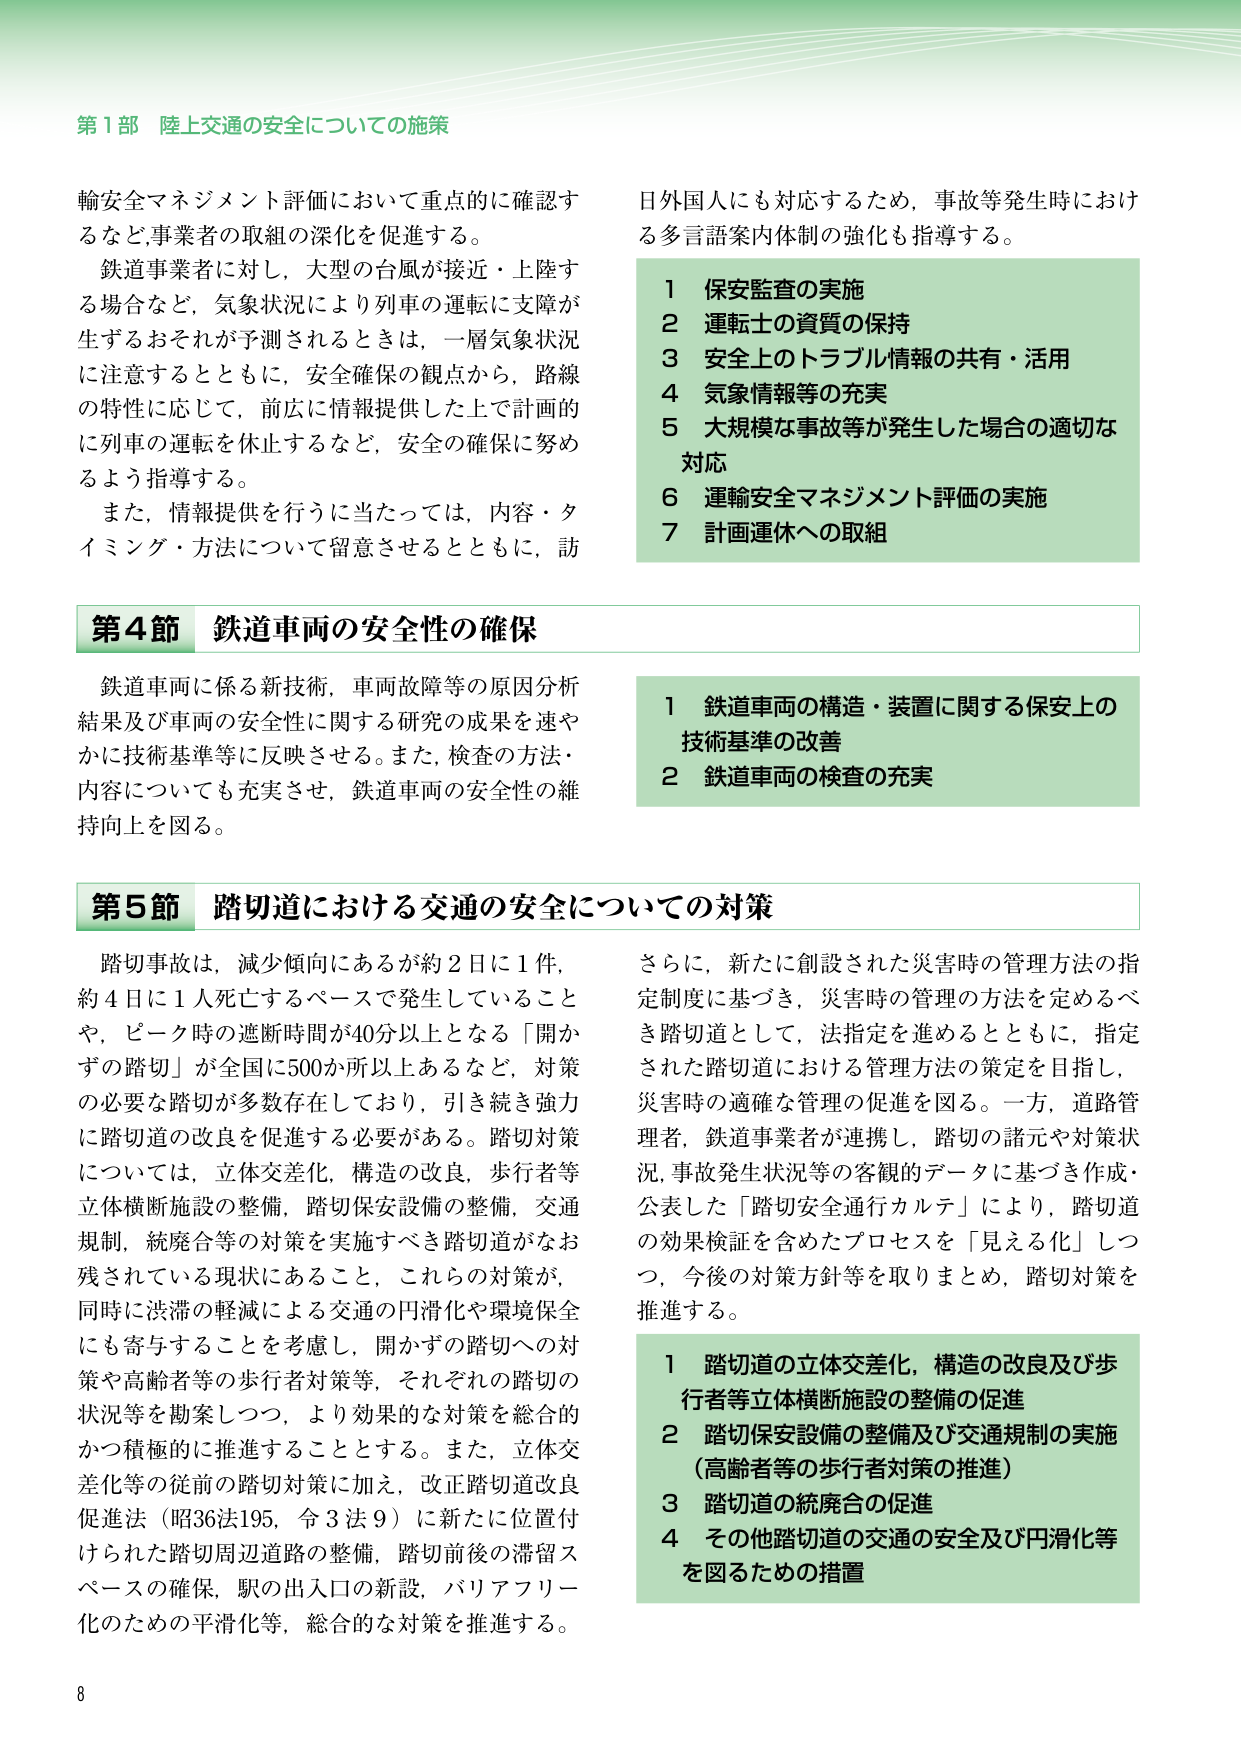
第1部 陸上交通の安全についての施策

輸安全マネジメント評価において重点的に確認するなど、事業者の取組の深化を促進する。
鉄道事業者に対し、大型の台風が接近・上陸する場合など、気象状況により列車の運転に支障が生ずるおそれが予測されるときは、一層気象状況に注意するとともに、安全確保の観点から、路線の特性に応じて、前広に情報提供した上で計画的に列車の運転を休止するなど、安全の確保に努めるよう指導する。
また、情報提供を行うに当たっては、内容・タイミング・方法について留意させるとともに、訪

日外国人にも対応するため、事故等発生時における多言語案内体制の強化も指導する。

1 保安監査の実施
2 運転士の資質の保持
3 安全上のトラブル情報の共有・活用
4 気象情報等の充実
5 大規模な事故等が発生した場合の適切な対応
6 運輸安全マネジメント評価の実施
7 計画運休への取組

第4節 鉄道車両の安全性の確保

鉄道車両に係る新技術、車両故障等の原因分析結果及び車両の安全性に関する研究の成果を速やかに技術基準等に反映させる。また、検査の方法・内容についても充実させ、鉄道車両の安全性の維持向上を図る。

1 鉄道車両の構造・装置に関する保安上の技術基準の改善
2 鉄道車両の検査の充実

第5節 踏切道における交通の安全についての対策

踏切事故は、減少傾向にあるが約2日に1件、約4日に1人死亡するペースで発生していることや、ピーク時の遮断時間が40分以上となる「開かずの踏切」が全国に500か所以上あるなど、対策の必要な踏切が多数存在しており、引き続き強力に踏切道の改良を促進する必要がある。踏切対策については、立体交差化、構造の改良、歩行者等立体横断施設の整備、踏切保安設備の整備、交通規制、統廃合等の対策を実施すべき踏切道がなお残されている現状にあること、これらの対策が、同時に渋滞の軽減による交通の円滑化や環境保全にも寄与することを考慮し、開かずの踏切への対策や高齢者等の歩行者対策等、それぞれの踏切の状況等を勘案しつつ、より効果的な対策を総合的かつ積極的に推進することとする。また、立体交差化等の従前の踏切対策に加え、改正踏切道改良促進法（昭36法195、令3法9）に新たに位置付けられた踏切周辺道路の整備、踏切前後の滞留スペースの確保、駅の出入口の新設、バリアフリー化のための平滑化等、総合的な対策を推進する。

さらに、新たに創設された災害時の管理方法の指定制度に基づき、災害時の管理の方法を定めるべき踏切道として、法指定を進めるとともに、指定された踏切道における管理方法の策定を目指し、災害時の適確な管理の促進を図る。一方、道路管理者、鉄道事業者が連携し、踏切の諸元や対策状況、事故発生状況等の客観的データに基づき作成・公表した「踏切安全通行カルテ」により、踏切道の効果検証を含めたプロセスを「見える化」しつつ、今後の対策方針等を取りまとめ、踏切対策を推進する。

1 踏切道の立体交差化、構造の改良及び歩行者等立体横断施設の整備の促進
2 踏切保安設備の整備及び交通規制の実施（高齢者等の歩行者対策の推進）
3 踏切道の統廃合の促進
4 その他踏切道の交通の安全及び円滑化等を図るための措置

8